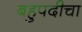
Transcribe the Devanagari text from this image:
बहुपदीचा